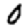
Digit: 0